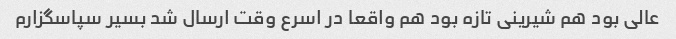
عالی بود هم شیرینی تازه بود هم واقعا در اسرع وقت ارسال شد بسیر سپاسگزارم